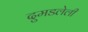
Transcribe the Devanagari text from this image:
दुमडलेली